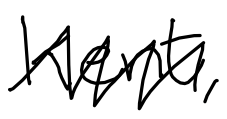
Text: Kent,
Cross-out: zig-zag
Writing tool: digital_black